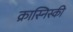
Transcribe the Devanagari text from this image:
क्रास्निस्की